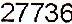
27736